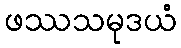
ဖဿသမုဒယံ